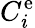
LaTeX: C_{i}^{\mathrm{{e}}}